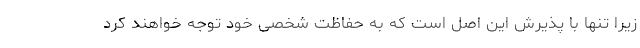
زیرا تنها با پذیرش این اصل است که به حفاظت شخصی خود توجه خواهند کرد